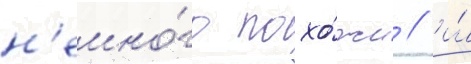
н'емно́го похо́жи / и́